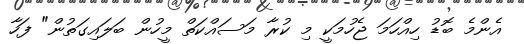
އެންމެ ބޮޑު ހިއްހަމަ ޖެހުމަކީ މި ކުރާ މަސައްކަތް މީހުން ބަލައިގަތުން" ފަހާ